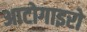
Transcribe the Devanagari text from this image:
आटोगाइरो